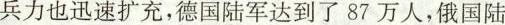
兵力也迅速扩充，德国陆军达到了87万人，俄国陆